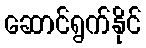
ဆောင်ရွက်နိုင်